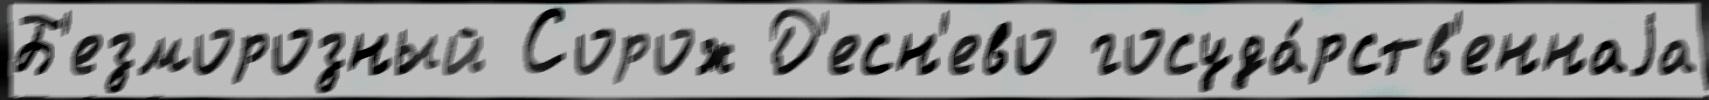
Б'езморозный Сорож Д'есн'ево госуда́рств'еннаjа